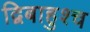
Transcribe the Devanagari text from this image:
द्विबाहुश्च